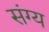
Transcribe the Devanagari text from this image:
संग्य